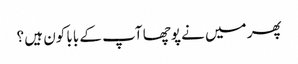
پھر میں نے پوچھا آپ کے بابا کون ہیں ؟